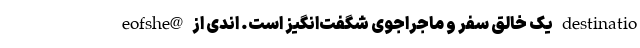
eofshe@ یک خالق سفر و ماجراجوی شگفت‌انگیز است. اندی از destinatio